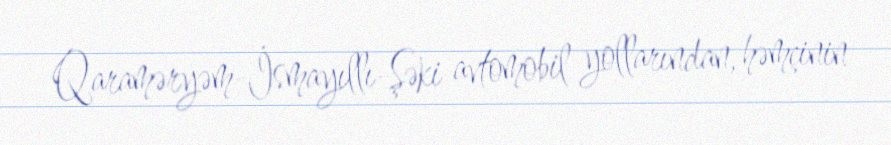
Qaraməryəm-İsmayıllı-Şəki avtomobil yollarından, həmçinin